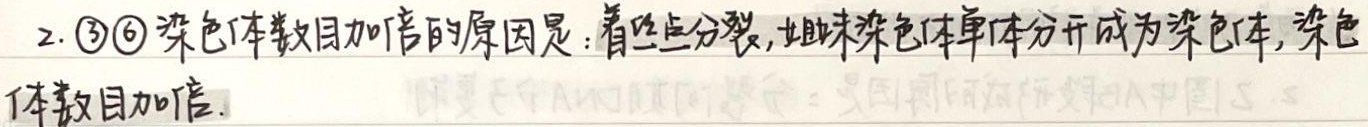
2. \textcircled{3}\textcircled{6}染色体数目加倍的原因是：着丝点分裂，姐妹染色单体分开成为染色体，染色体数目加倍。